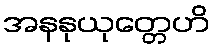
အနနုယုတ္တေဟိ